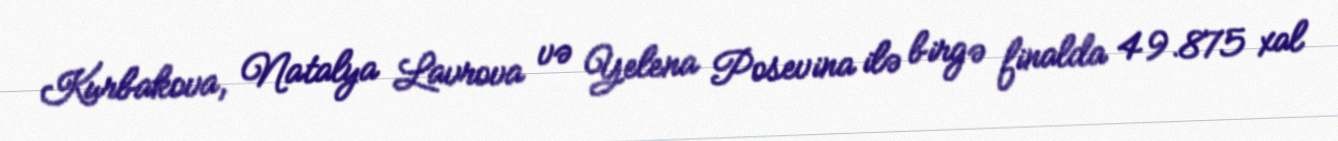
Kurbakova, Natalya Lavrova və Yelena Posevina ilə birgə finalda 49.875 xal